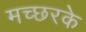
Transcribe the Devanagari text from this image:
मच्छरके